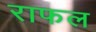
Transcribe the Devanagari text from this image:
राफल